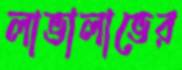
লাভালাভের